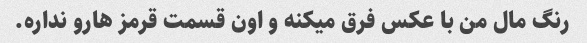
رنگ مال من با عکس فرق میکنه و اون قسمت قرمز هارو نداره.